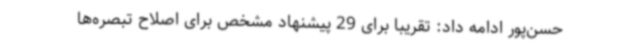
حسن‌پور ادامه داد: تقریباً برای 29 پیشنهاد مشخص برای اصلاح تبصره‌ها